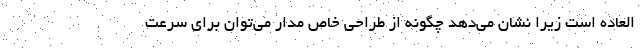
العاده است زیرا نشان می‌دهد چگونه از طراحی خاص مدار می‌توان برای سرعت